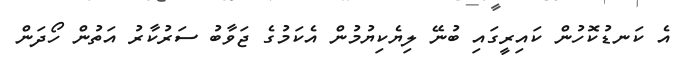
އެ ކަނޑުކޮހުން ކައިރީގައި ބުނޭ ލިޔެކިޔުމުން އެކަމުގެ ޖަވާބު ސަރުކާރު އަތުން ހޯދަން